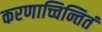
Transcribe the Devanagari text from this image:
करणाच्चिन्तितं